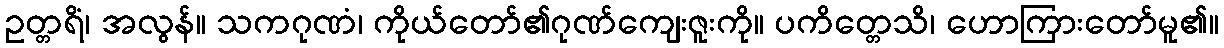
ဥတ္တရိံ၊ အလွန်။ သကဂုဏံ၊ ကိုယ်တော်၏ဂုဏ်ကျေးဇူးကို။ ပကိတ္တေသိ၊ ဟောကြားတော်မူ၏။